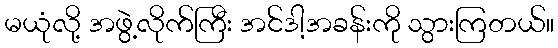
မယုံလို့ အဖွဲ့လိုက်ကြီး အင်ဒါ့အခန်းကို သွားကြတယ်။